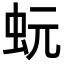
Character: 蚖